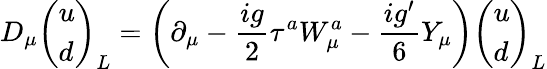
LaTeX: D_{\mu}\left(\begin{array}{l}{{u}}\\ {{d}}\end{array}\right)_{L}=\biggl(\partial_{\mu}-{\frac{ig}{2}}\tau^{a}W_{\mu}^{a}-{\frac{ig^{\prime}}{6}}Y_{\mu}\biggr)\left(\begin{array}{l}{{u}}\\ {{d}}\end{array}\right)_{L}